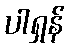
ပါရှန်